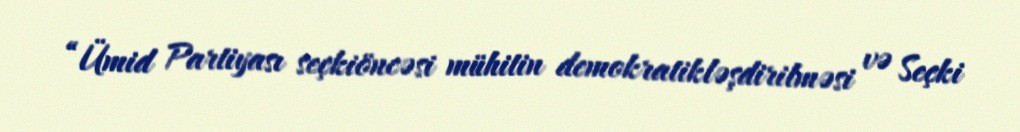
“Ümid Partiyası seçkiöncəsi mühitin demokratikləşdirilməsi və Seçki